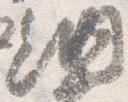
納